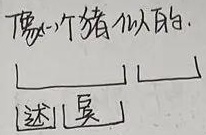
\begin{matrix}
& \text{首} & \text{次}\\
\text{第一阶段} & & \\
\end{matrix}
目的：学习L - 函数